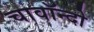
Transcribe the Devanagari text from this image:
चावॉन्दो